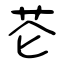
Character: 芲